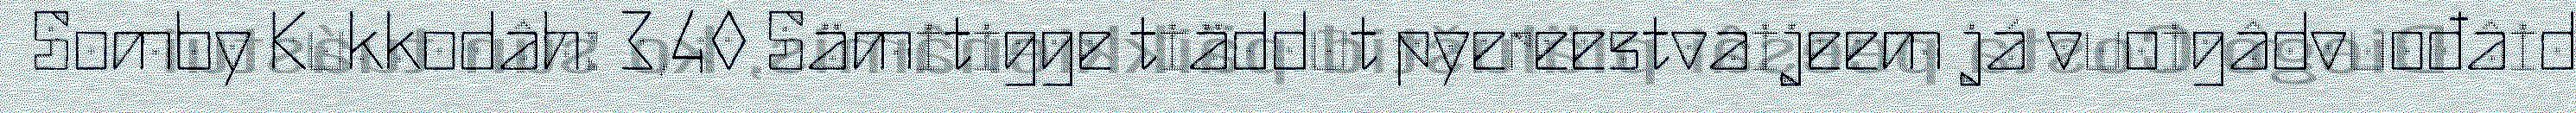
Somby Kukkodâh: 3,40 Sämitigge tiäddut pyereestvaijeem já vuoigâdvuođâid